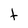
Character: t